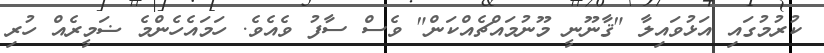
ކުރުމުގައި އަޅުވައިލާ "ޤާނޫނީ މޫނުމައްޗެއްކަން" ވެސް ސާފު ވެއެވެ. ހަމައެހެންމެ ޟަމީރެއް ހުރި